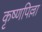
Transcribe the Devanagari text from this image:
कृष्णपिल्ला